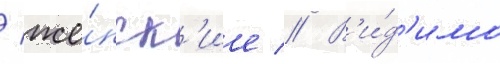
/ же́нск'ие // В'и́д'имо